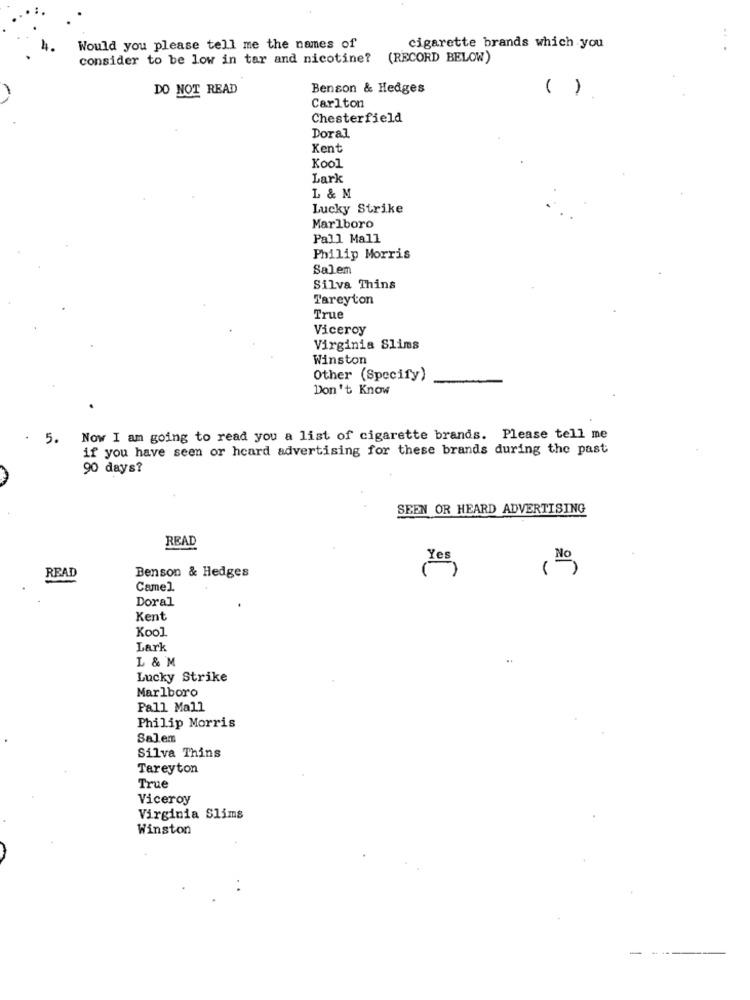
Would you please tell me the names of
cigarette brands which you
consider to be low in tar and nicotine? (RECORD BELOW)
DO NOT READ
Benson & Hedges
( )
Carlton
Chesterfield
Doral
Kent
Kool
Lark
L & M
Lucky Strike
Marlboro
Pall Mall
Philip Morris
Salem
Silva Thins
Tareyton
True
Viceroy
Virginia Slims
Winston
Other (Specify)
Don't Know
. 5.
Now I am going to read you a list of cigarette brands. Please tell me
if you have seen or heard advertising for these brands during the past
90 days?
SEEN OR HEARD ADVERTISING
READ
Yes
READ
Benson & Hedges
Camel
Doral
Kent
Kool
Lark
L & M
..
Lucky Strike
Marlboro
Pall Mall
Philip Morris
Salem
Silva Thins
Tareyton
True
Viceroy
Virginia Slims
Winston